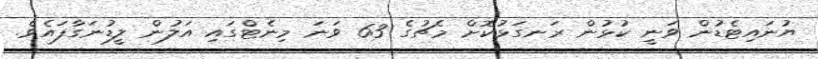
ޔުނައިޓެޑުން ވަނީ ކުޅުން ރަނގަޅުކޮށް މެޗުގެ 63 ވަނަ މިނެޓްގައި އަލުން ލީޑުނަގާފައެވެ.